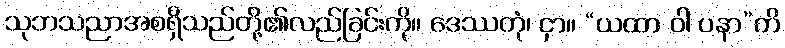
သုဘသညာအစရှိသည်တို့၏လည်ခြင်းကို။ ဒေဿတုံ၊ ငှာ။ “ယထာ ဝါ ပနာ”တိ